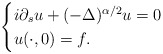
\begin{align*}\begin{cases}i \partial_s u +(-\Delta)^{\alpha/2}u=0 \\u(\cdot,0)=f.\end{cases}\end{align*}